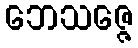
ဘေသဇ္ဇေ